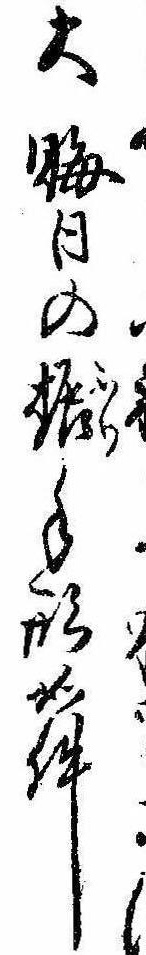
大晦日の振手形如件